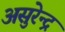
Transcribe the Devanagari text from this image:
असुरेन्द्र